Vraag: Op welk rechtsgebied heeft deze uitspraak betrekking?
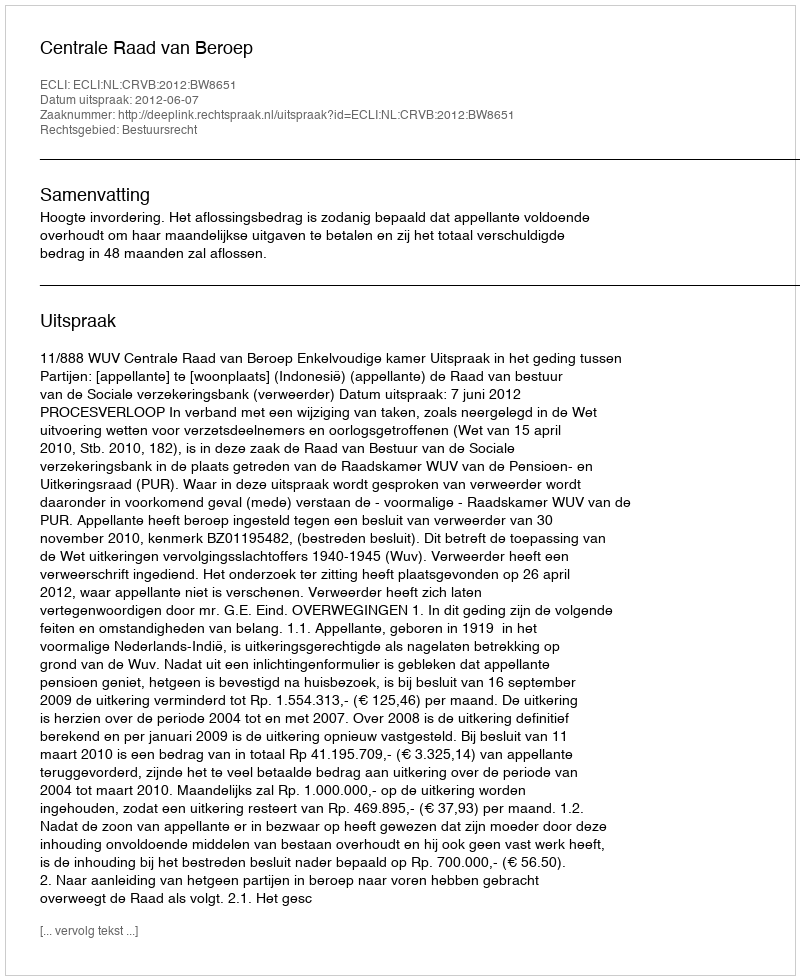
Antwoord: Bestuursrecht